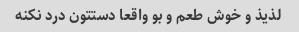
لذیذ و خوش طعم و بو واقعا دستتون درد نکنه